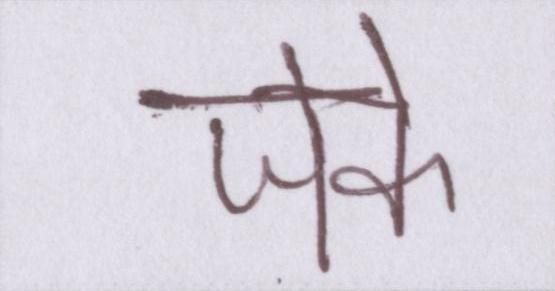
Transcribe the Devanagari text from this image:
जेके